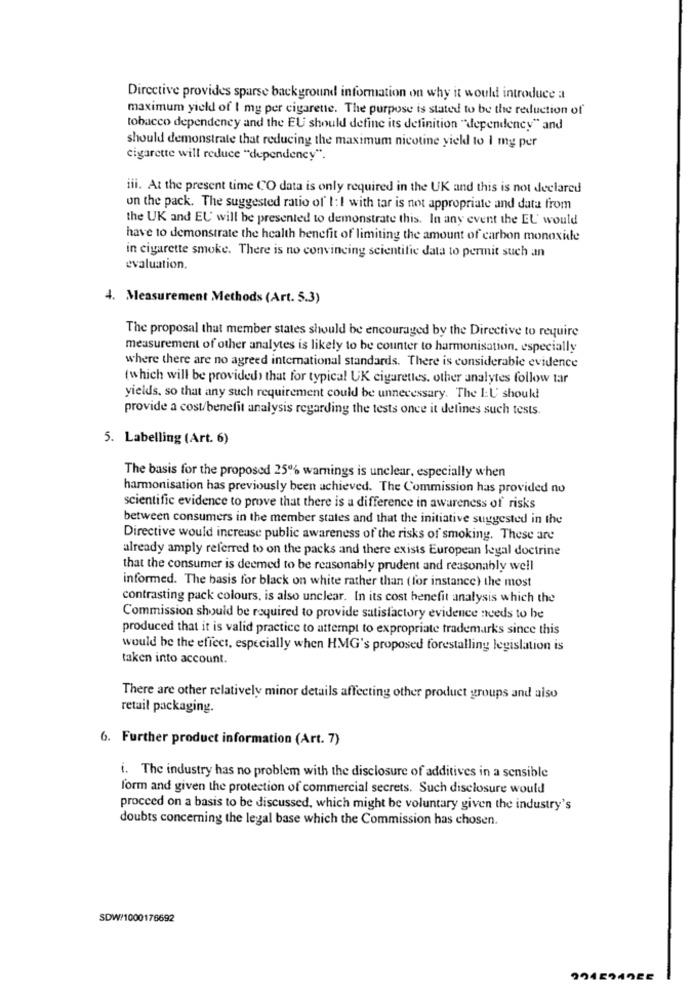
Directive provides sparse background information on why it would introduce a
maximum yield of I mg per cigarette. The purpose is stated to be the reduction of
tobacco dependency and the EU should define its definition "dependency" and
should demonstrate that reducing the maximum nicotine yield to I my per
cigarette will reduce "dependency".
iii. At the present time CO data is only required in the UK and this is not declared
on the pack. The suggested ratio of' I: I with tar is not appropriate and data from
the UK and EU will be presented to demonstrate this. In any event the EL' would
have to demonstrate the health benefit of limiting the amount of carbon monoxide
in cigarette smoke. There is no convincing scientific data to permit such an
evaluation.
4. Measurement Methods (Art. 5.3)
The proposal that member states should be encouraged by the Directive to require
measurement of other analytes is likely to be counter to harmonisation. especially
where there are no agreed international standards. There is considerable evidence
(which will be provided) that for typical UK cigarettes, other analytes follow tar
yields, so that any such requirement could be unnecessary. The I:U' shoukl
provide a cost/benefit analysis regarding the tests once it defines such tests.
5. Labelling (Art. 6)
The basis for the proposed 25% warnings is unclear, especially when
harmonisation has previously been achieved. The Commission has provided no
scientific evidence to prove that there is a difference in awareness of risks
between consumers in the member states and that the initiative suggested in the
Directive would increase public awareness of the risks of smoking. These are
already amply referred to on the packs and there exists European legal doctrine
that the consumer is deemed to be reasonably prudent and reasonably well
informed. The basis for black on white rather than ( for instance) the most
contrasting pack colours, is also unclear. In its cost benefit analysis which the
Commission should be required to provide satisfactory evidence needs to be
produced that it is valid practice to attempt to expropriate trademarks since this
would be the effect, especially when HMG's proposed forestalling legislation is
taken into account.
There are other relatively minor details affecting other product groups and aise
retail packaging.
6. Further product information (Art. 7)
i. The industry has no problem with the disclosure of additives in a sensible
form and given the protection of commercial secrets. Such disclosure would
proceed on a basis to be discussed, which might be voluntary given the industry's
doubts concerning the legal base which the Commission has chosen.
SDW/1000176692